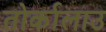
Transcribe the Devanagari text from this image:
तोर्कालाउ